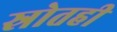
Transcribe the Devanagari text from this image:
स्रोतही